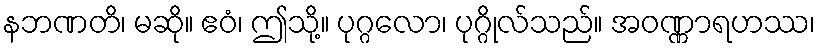
နဘဏတိ၊ မဆို။ ဧဝံ၊ ဤသို့။ ပုဂ္ဂလော၊ ပုဂ္ဂိုလ်သည်။ အဝဏ္ဏာရဟဿ၊